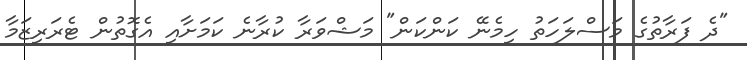
"ދެ ފަރާތުގެ މަސްލަހަތު ހިމެނޭ ކަންކަން" މަޝްވަރާ ކުރާނެ ކަމަށާއި އެގޮތުން ޓެރަރިޒަމާ